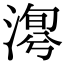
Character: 𣹯